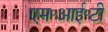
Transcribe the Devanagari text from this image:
एम॰आई॰टी